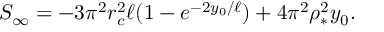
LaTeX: S _ { \infty } = - 3 \pi ^ { 2 } r _ { c } ^ { 2 } \ell ( 1 - e ^ { - 2 y _ { 0 } / \ell } ) + 4 \pi ^ { 2 } \rho _ { * } ^ { 2 } y _ { 0 } .